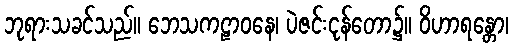
ဘုရားသခင်သည်။ ဘေသကဠာဝနေ၊ ပဲဇင်းငုန်တော၌။ ဝိဟာရန္တော၊